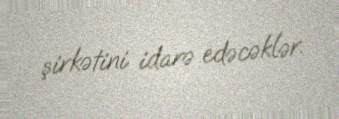
şirkətini idarə edəcəklər.